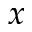
x